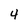
Character: 4